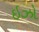
ઇઝો